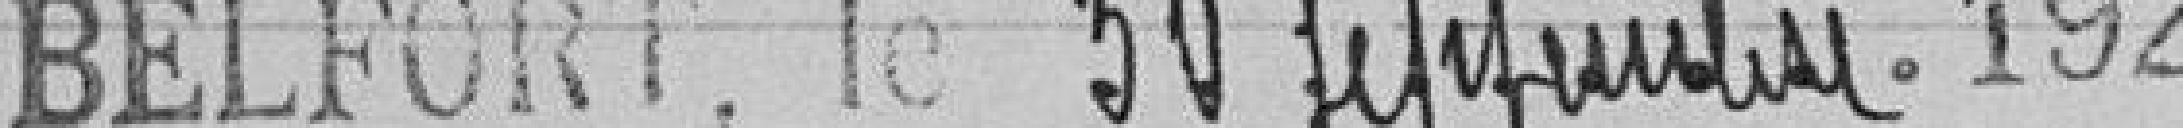
Belfort le 30 septembre 1924